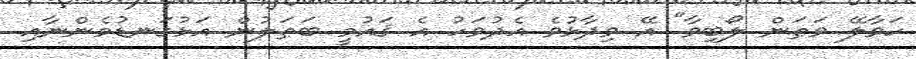
ހަވާލޭ ވަޠަން ލޯބިވާ" އޭ ވިދާޅުވެ އެދުވަހު އެ ޤައުމީ ބަޠަލުން އަޅުގަނޑުމެންނާއި